Scottish Leaving Certificate Examination, 1956
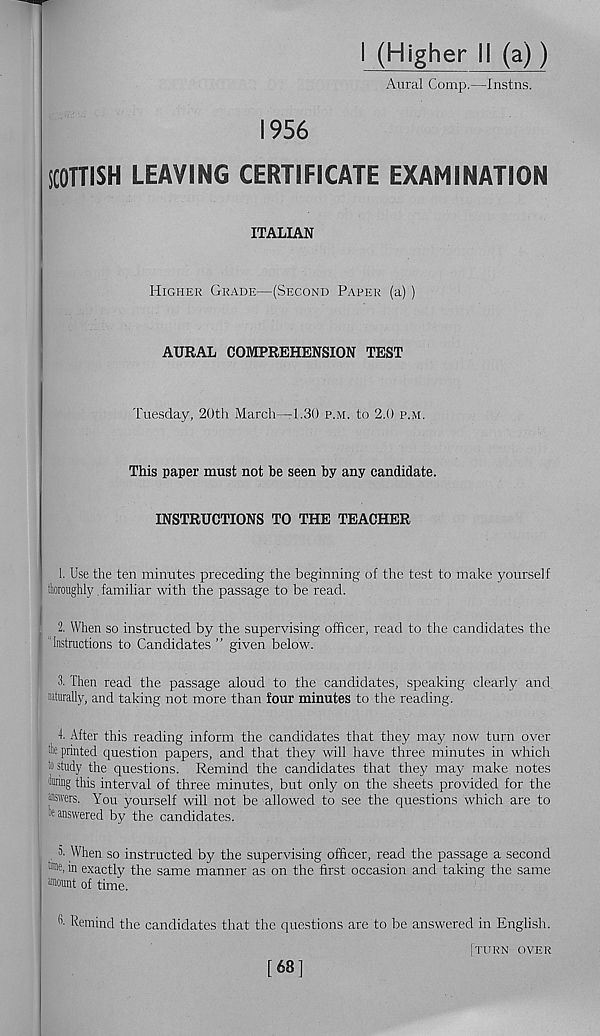
1956
I (Higher II (a))
Aural Comp.—Instns.
SCOTTISH LEAVING CERTIFICATE EXAMINATION
ITALIAN
Higher Grade—(Second Paper (a) )
AURAL COMPREHENSION TEST
Tuesday, 20th March—1.30 p.m. to 2.0 p.m.
This paper must not be seen by any candidate.
INSTRUCTIONS TO THE TEACHER
1. Use the ten minutes preceding the beginning of the test to make yourself
thoroughly. familiar with the passage to be read.
■ 2. When so instructed by the supervising officer, read to the candidates the
‘Instructions to Candidates ” given below.
3. Then read the passage aloud to the candidates, speaking clearly and.
! naturally, and taking not more than four minutes to the reading.
4. After this reading inform the candidates that they may now turn over
I tie printed question papers, and that they will have three minutes in which
j to study the questions. Remind the candidates that they may make notes
during this interval of three minutes, but only on the sheets provided for the
answers. You yourself will not be allowed to see the questions which are to
de answered by the candidates.
a. When so instructed by the supervising officer, read the passage a second
tore, in exactly the same manner as on the first occasion and taking the same
taount of time.
Remind the candidates that the questions are to be answered in English.
[turn over
[68]